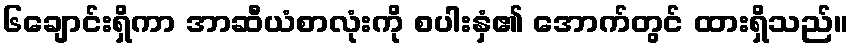
၆ချောင်းရှိကာ အာဆီယံစာလုံးကို စပါးနှံ၏ အောက်တွင် ထားရှိသည်။